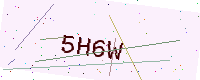
Text: 5H6W